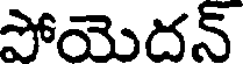
పోయెదన్